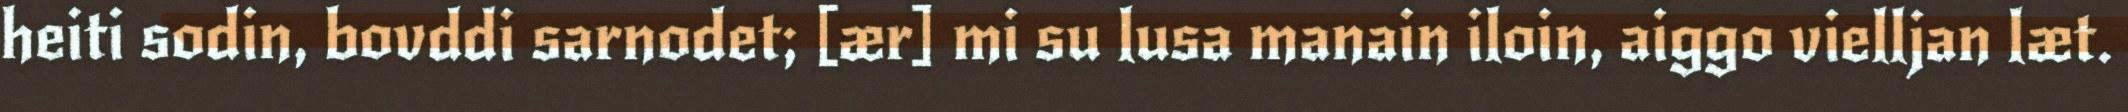
heiti sodin, bovddi sarnodet; [ær] mi su lusa manain iloin, aiggo vielljan læt.